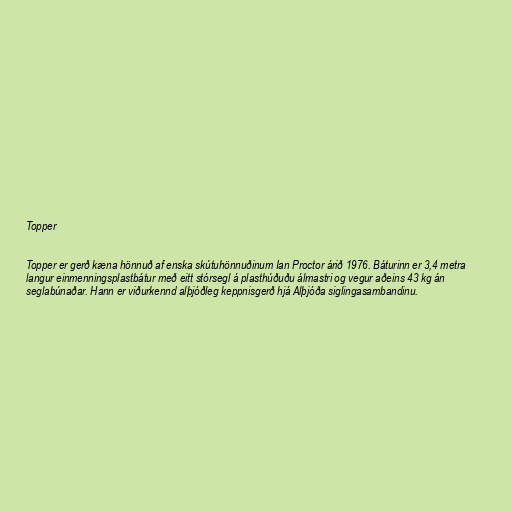
Topper

Topper er gerð kæna hönnuð af enska skútuhönnuðinum Ian Proctor árið 1976. Báturinn er 3,4 metra
langur einmenningsplastbátur með eitt stórsegl á plasthúðuðu álmastri og vegur aðeins 43 kg án
seglabúnaðar. Hann er viðurkennd alþjóðleg keppnisgerð hjá Alþjóða siglingasambandinu.